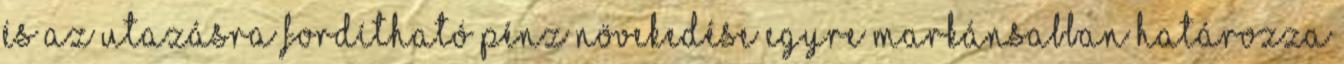
és az utazásra fordítható pénz növekedése egyre markánsabban határozza